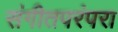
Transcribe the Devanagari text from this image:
संगीतपरंपरा